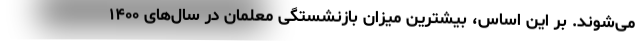
می‌شوند. بر این اساس، بیشترین میزان بازنشستگی معلمان در سال‌های ۱۴۰۰